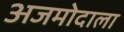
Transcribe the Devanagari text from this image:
अजमोदाला